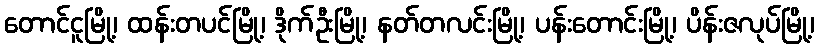
တောင်ငူမြို့၊ ထန်းတပင်မြို့၊ ဒိုက်ဦးမြို့၊ နတ်တလင်းမြို့၊ ပန်းတောင်းမြို့၊ ပိန်းဇလုပ်မြို့၊